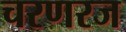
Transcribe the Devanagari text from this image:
चरणरज